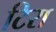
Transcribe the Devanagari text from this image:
टिरा